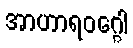
အာဟာရဝဂ္ဂေါ